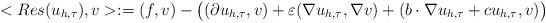
LaTeX: \begin{align*}<Res(u_{h,\tau}),v>:=(f,v)-\big((\partial u_{h,\tau},v) +\varepsilon (\nabla u_{h,\tau},\nabla v) + (b\cdot\nabla u_{h,\tau} + cu_{h,\tau},v)\big)\end{align*}